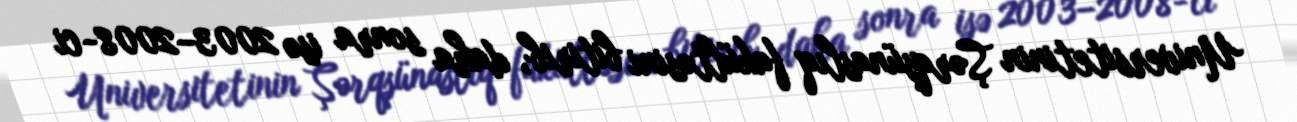
Universitetinin Şərqşünaslıq fakültəsini bitirib, daha sonra isə 2003–2008-ci